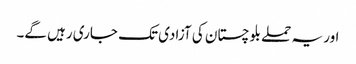
اور یہ حملے بلوچستان کی آزادی تک جاری رہیں گے۔